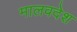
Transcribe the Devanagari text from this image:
मालवदेश